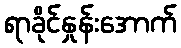
ရာခိုင်နှုန်းအောက်